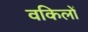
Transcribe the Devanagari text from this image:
वकिलों